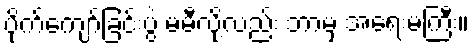
ပိုက်ကျော်ခြင်းပွဲ မမီလို့လည်း ဘာမှ အရေးမကြီး။